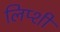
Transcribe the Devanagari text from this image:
लिप्शी